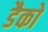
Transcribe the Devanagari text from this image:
डैको